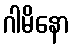
ဂါမိနော